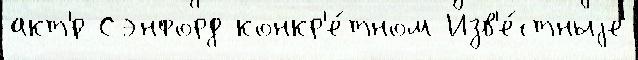
акт'́р Сэнфорд конкр'е́тном Изв'е́стныjе